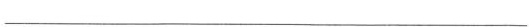
___